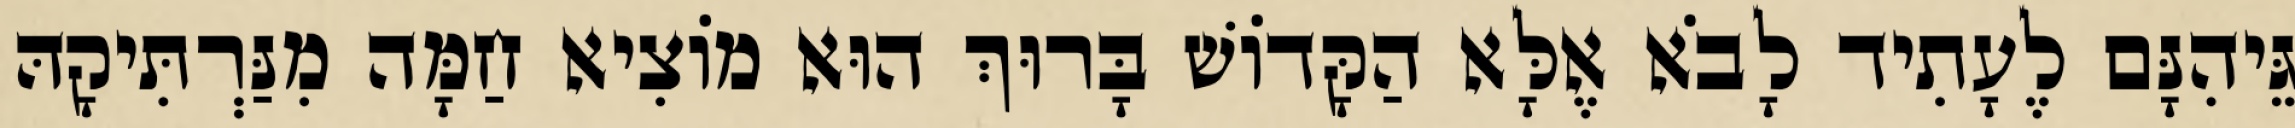
גֵּיהִנָּם לֶעָתִיד לָבֹא אֶלָּא הַקָּדוֹשׁ בָּרוּךְ הוּא מוֹצִיא חַמָּה מִנַּרְתִּיקָהּ